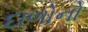
દાળોનો